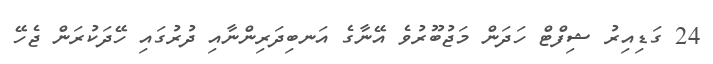
24 ގަޑިއިރު ޝިފްޓް ހަދަން މަޖުބޫރުވެ އޭނާގެ އަނބިދަރިންނާއި ދުރުގައި ހޭދަކުރަން ޖެހޭ